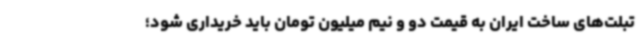
تبلت‌های ساخت ایران به قیمت دو و نیم‌ میلیون تومان باید خریداری شود؛